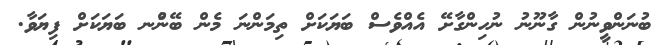
ބުނަންވީނުން ގާނޫނު ނުހިންގާށޭ އެެއްވެސް ބަޔަކަށް ތިމަންނަ މެން ބޭނުްނ ބަޔަކަށް ފިޔަވާ.